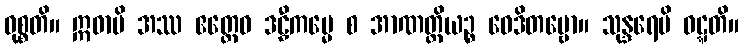
ဝုစ္စတိ။ ဣဓာပိ အဿ ဧတ္ထေဝ ဒဠှီကမ္မေ စ အာဏတ္တိယဉ္စ ဝေဒိတဗ္ဗော။ သုန္ဒရေပိ ဝဋ္ဋတိ။